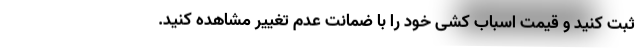
ثبت کنید و قیمت اسباب کشی خود را با ضمانت عدم تغییر مشاهده کنید.